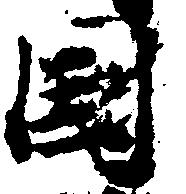
国